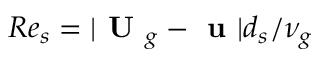
R e _ { s } = | \textbf { U } _ { g } - \textbf { u } | d _ { s } / \nu _ { g }